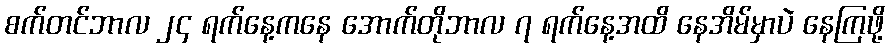
စက်တင်ဘာလ ၂၄ ရက်နေ့ကနေ အောက်တိုဘာလ ၇ ရက်နေ့အထိ နေအိမ်မှာပဲ နေကြဖို့